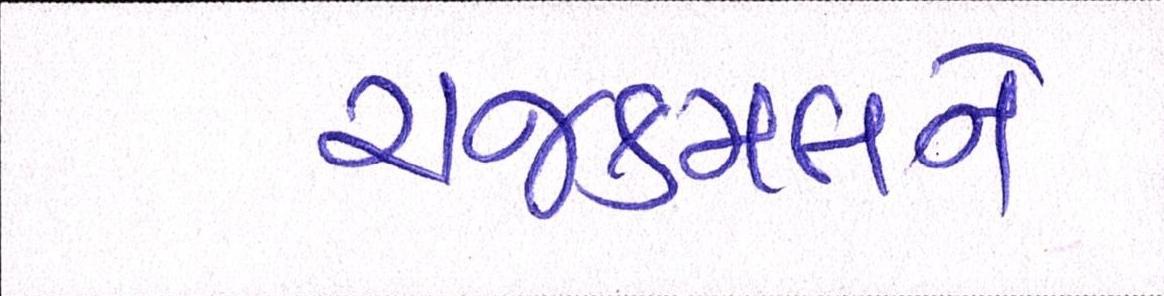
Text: રાજકમલને